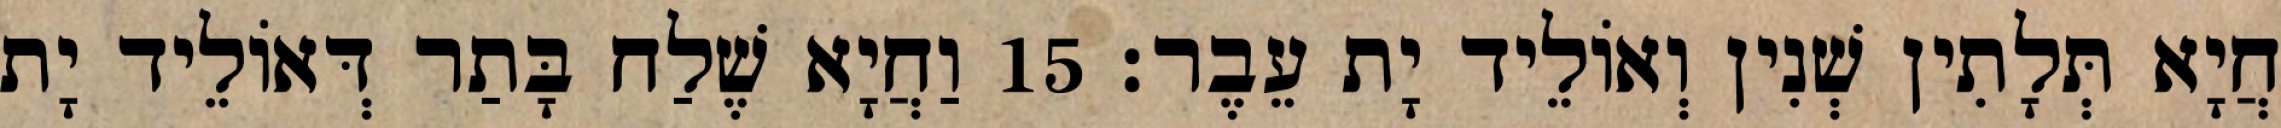
חֲיָא תְּלָתִין שְׁנִין וְאוֹלֵיד יָת עֵבֶר׃ 15 וַחֲיָא שֶׁלַח בָּתַר דְּאוֹלֵיד יָת